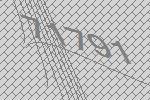
71791